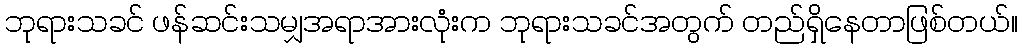
ဘုရားသခင် ဖန်ဆင်းသမျှအရာအားလုံးက ဘုရားသခင်အတွက် တည်ရှိနေတာဖြစ်တယ်။